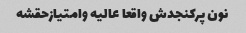
نون پرکنجدش واقعا عالیه وامتیازحقشه